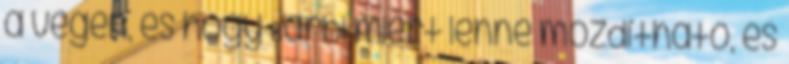
a végén, és hogy Barbi miért lenne mozdítható, és